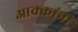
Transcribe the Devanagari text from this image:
आक्कांनी